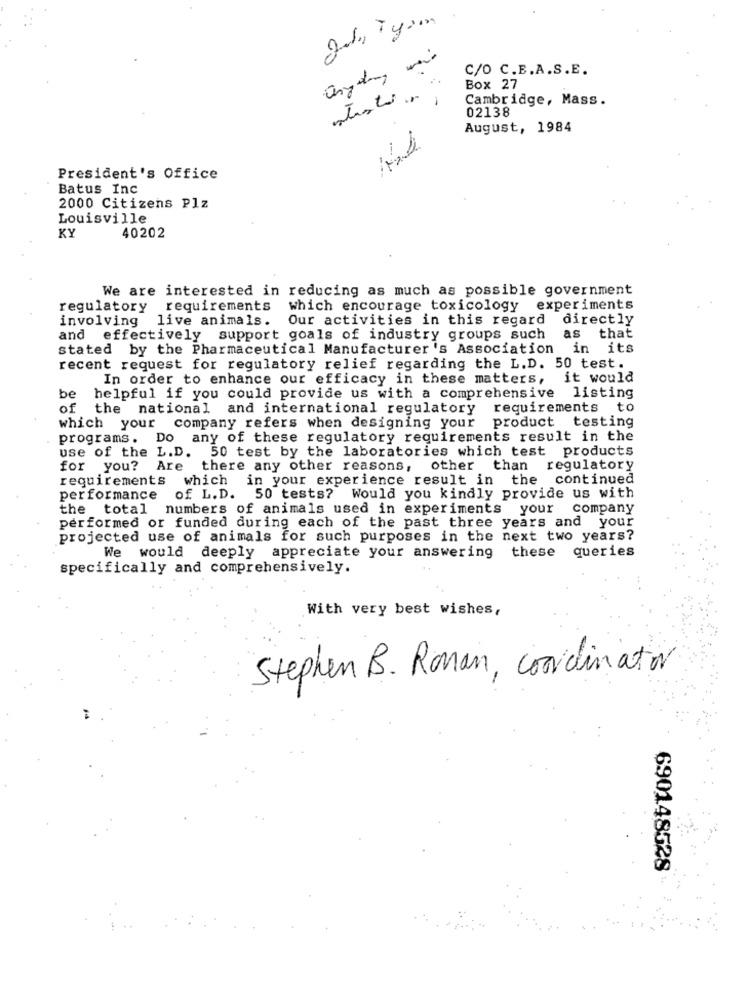
C/O C.E.A.S.E.
Box 27
to
Cambridge, Mass.
02138
August, 1984
President's Office
Batus Inc
2000 Citizens Plz
Louisville
KY
40202
We are interested in reducing as much as possible government
regulatory
requirements
which encourage toxicology
experiments
involving
live animals.
Our activities in this regard directly
and effectively support goals of industry groups such
as
that
stated by the Pharmaceutical Manufacturer's Association in its
recent request for regulatory relief regarding the L.D. 50 test.
In order to enhance our efficacy in these matters, it would
be
helpful if you could provide us with a comprehensive listing
of the national and international regulatory requirements to
company refers when designing your product testing
which your
programs. Do any of these regulatory requirements result in the
use of the L.D. 50 test by the laboratories which test products
for you? Are there any other reasons, other than regulatory
requirements which in your experience result in the continued
performance
of L.D. 50 tests? Would you kindly provide us with
the total numbers of animals used in experiments your company
performed or funded during each of the past three years and your
projected use of animals for such purposes in the next two years?
queries
We would deeply appreciate your answering these
specifically and comprehensively.
With very best wishes,
Stephen B. Roman, coordinator
690148528